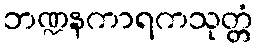
ဘဏ္ဍနကာရကသုတ္တံ